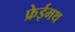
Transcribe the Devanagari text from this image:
फ्रेईमथ